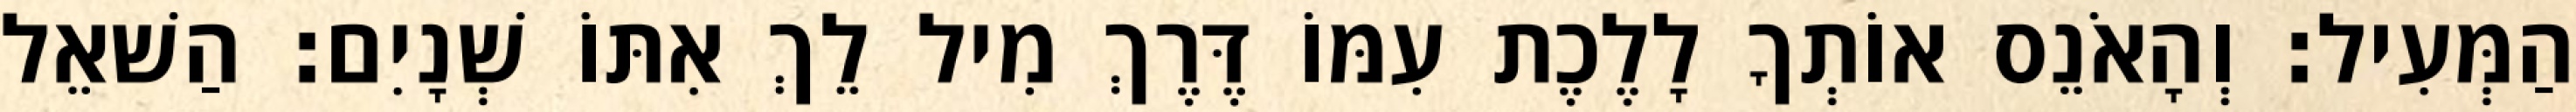
הַמְּעִיל׃ וְהָאֹנֵס אוֹתְךָ לָלֶכֶת עִמּוֹ דֶּרֶךְ מִיל לֵךְ אִתּוֹ שְׁנָיִם׃ הַשׁאֵל